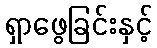
ရှာဖွေခြင်းနှင့်